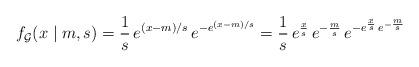
LaTeX: \begin{align*}f_{\mathcal{G}}(x \mid m, s)= \frac{1}{s} \, e^{(x-m)/s} \, e^{- e^{(x-m)/s}}= \frac{1}{s} \, e^{\frac{x}{s}} \, e^{-\frac{m}{s}} \, e^{- e^{\frac{x}{s}} \, e^{-\frac{m}{s}}}\end{align*}